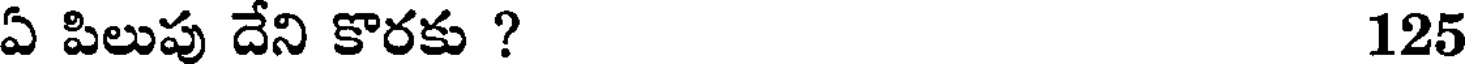
ఏ పిలుపు దేని కొరకు ? 125